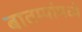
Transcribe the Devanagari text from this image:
बातम्यांमध्ये